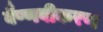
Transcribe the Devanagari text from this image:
वैष्णवीकरण